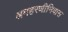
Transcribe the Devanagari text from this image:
श्रमहरणीनिवास